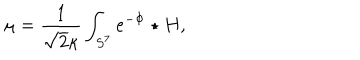
\mu = \frac { 1 } { \sqrt { 2 } \kappa } \int _ { S ^ { 7 } } e ^ { - \Phi } \star H ,